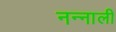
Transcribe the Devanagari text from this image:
नन्नाली